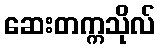
ဆေးတက္ကသိုလ်